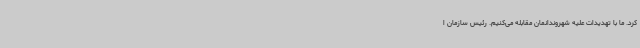
کرد. ما با تهدیدات علیه شهروندانمان مقابله می‌کنیم. رئیس سازمان ا